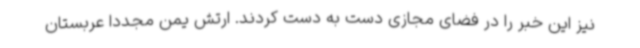
نیز این خبر را در فضای مجازی دست به دست کردند. ارتش یمن مجددا عربستان